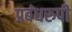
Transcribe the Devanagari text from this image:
प्रबंधरुपी